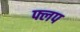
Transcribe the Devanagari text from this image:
फ्लप